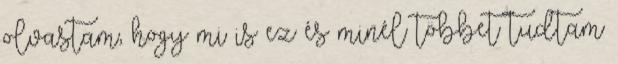
olvastam, hogy mi is ez és minél többet tudtam